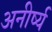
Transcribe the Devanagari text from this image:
अनीर्ष्य